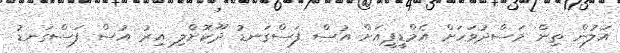
އަލުން ތިން މަސްދުވަހަށް އެމްޑީޕީއަށް އުސް ފަސްގަނޑު ދޫކޮށްލި އިރު އުސް ފަސްގަނޑު